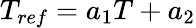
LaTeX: T_{ref}=a_{1}T+a_{2}